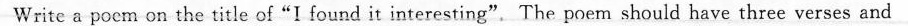
Write a pocm on the title of"I found it interesting". The poem should have three verses and